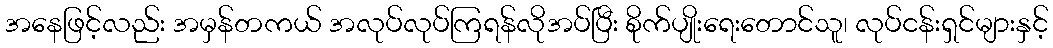
အနေဖြင့်လည်း အမှန်တကယ် အလုပ်လုပ်ကြရန်လိုအပ်ပြီး စိုက်ပျိုးရေးတောင်သူ၊ လုပ်ငန်းရှင်များနှင့်